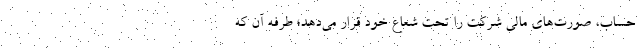
حساب، صورت‌های مالی شرکت را تحت شعاع خود قرار می‌دهد؛ طُرفه آن که